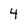
Character: 4